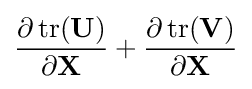
{\frac {\partial \operatorname {tr} (\mathbf {U} )}{\partial \mathbf {X} }}+{\frac {\partial \operatorname {tr} (\mathbf {V} )}{\partial \mathbf {X} }}